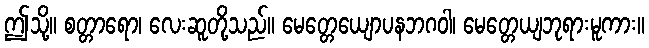
ဤသို့။ စတ္တာရော၊ လေးဆူတို့သည်။ မေတ္တေယျောပနဘဂဝါ၊ မေတ္တေယျဘုရားမူကား။